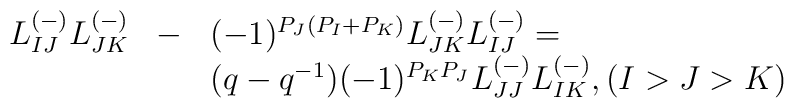
\begin{array}{lll}L_{IJ}^{(-)}L_{JK}^{(-)}&-&(-1)^{P_J(P_I+P_K)}L_{JK}^{(-)}L_{IJ}^{(-)}=\\                    & &(q-q^{-1})(-1)^{P_KP_J}L_{JJ}^{(-)}L_{IK}^{(-)}, (I>J>K)\end{array}